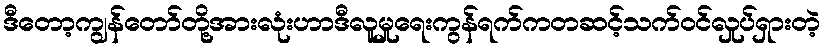
ဒီတော့ကျွန်တော်တို့အားလုံးဟာဒီလူမှုရေးကွန်ရက်ကတဆင့်သက်ဝင်လှုပ်ရှားတဲ့